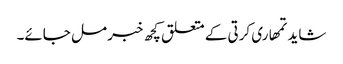
شاید تمھاری کرتی کے متعلق کچھ خبر مل جائے۔